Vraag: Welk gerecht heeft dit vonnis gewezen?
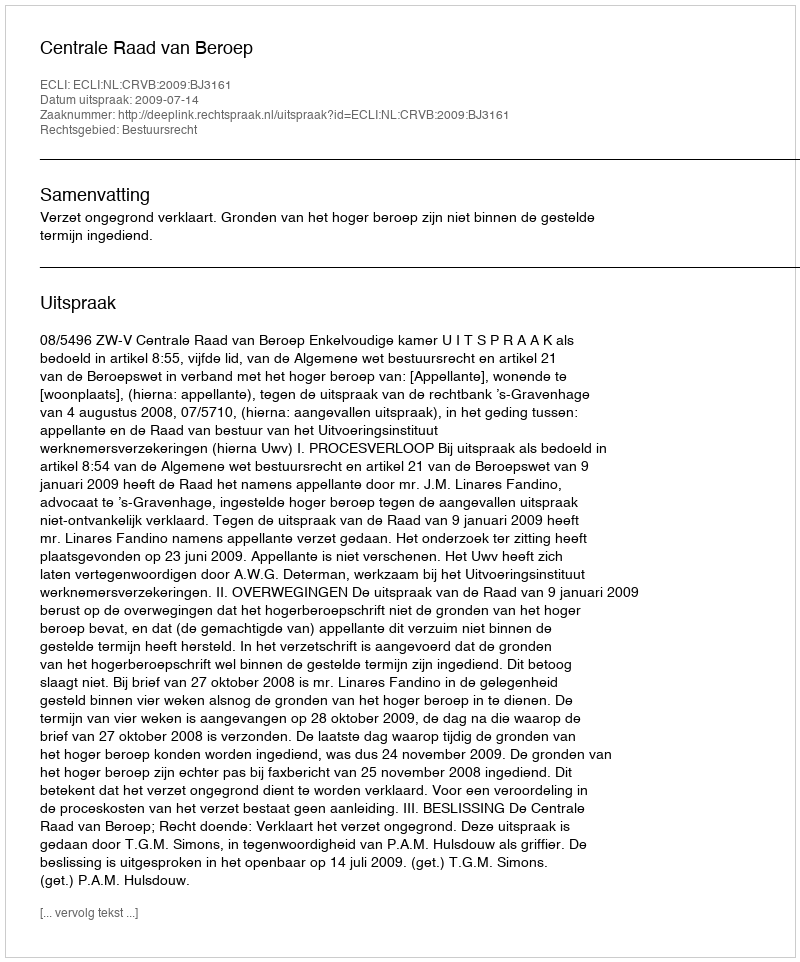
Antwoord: Centrale Raad van Beroep